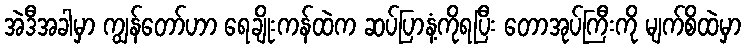
အဲဒီအခါမှာ ကျွန်တော်ဟာ ရေချိုးကန်ထဲက ဆပ်ပြာနံ့ကိုရပြီး တောအုပ်ကြီးကို မျက်စိထဲမှာ